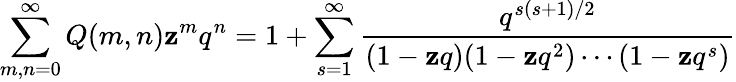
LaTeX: \sum_{m,n=0}^{\infty}Q(m,n)\mathbf{z}^{m}q^{n}=1+\sum_{s=1}^{\infty}{\frac{{q^{s(s+1)/2}}}{{(1-\mathbf{z}q)(1-\mathbf{z}q^{2})\cdots(1-\mathbf{z}q^{s})}}}